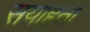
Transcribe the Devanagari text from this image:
सयाहता